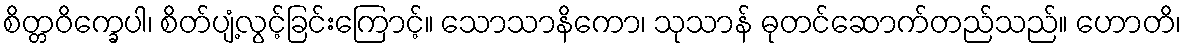
စိတ္တဝိက္ခေပါ၊ စိတ်ပျံ့လွင့်ခြင်းကြောင့်။ သောသာနိကော၊ သုသာန် ဓုတင်ဆောက်တည်သည်။ ဟောတိ၊